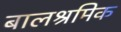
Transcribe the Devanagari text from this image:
बालश्रमिक